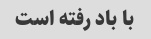
با باد رفته است